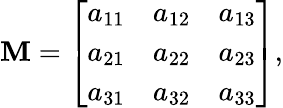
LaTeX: \mathbf{M}={\left[\begin{array}{lll}{a_{11}}&{a_{12}}&{a_{13}}\\ {a_{21}}&{a_{22}}&{a_{23}}\\ {a_{31}}&{a_{32}}&{a_{33}}\end{array}\right]},